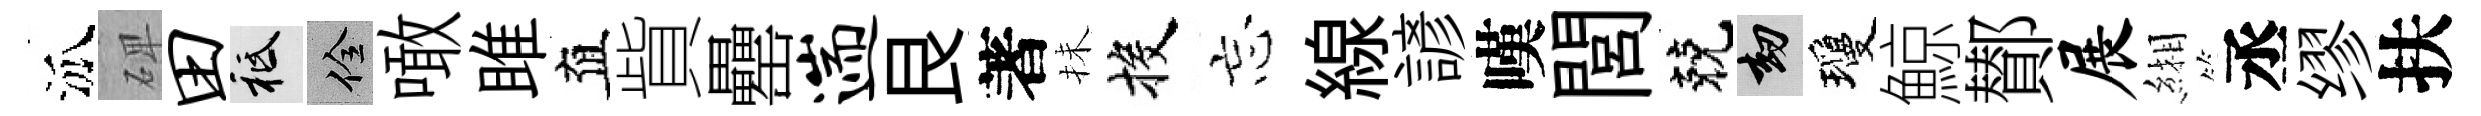
泒𥓓田祇佺噉雎直貲罍遄艮著抺投忘線諺嘆閭兢劫瓊鯨鄼展緗丞缪扶